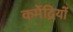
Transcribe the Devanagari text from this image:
कर्मेद्रियों